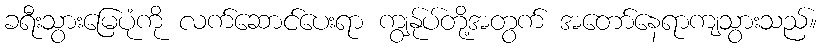
ခရီးသွားမြေပုံကို လက်ဆောင်ပေးရာ ကျွန်ုပ်တို့အတွက် အတော်နေရာကျသွားသည်။